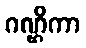
ဂဏ္ဌိကာ